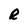
Character: e